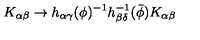
K _ { \alpha \beta } \rightarrow h _ { \alpha \gamma } ( \phi ) ^ { - 1 } h _ { \beta \delta } ^ { - 1 } ( { \bar { \phi } } ) K _ { \alpha \beta }